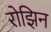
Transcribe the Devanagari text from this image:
रोझिन